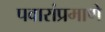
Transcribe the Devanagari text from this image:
पवारांप्रमाणे